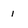
Character: i